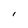
Character: I